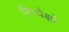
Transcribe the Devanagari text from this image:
निरपेक्षो